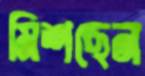
মিশছেন